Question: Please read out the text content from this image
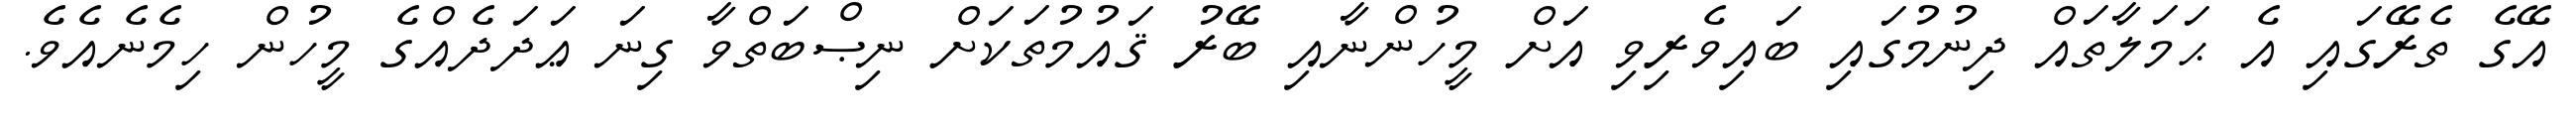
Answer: އޭގެ ތެރޭގައި އެ ޙަމަލާތައް ދިނުމުގައި ބައިވެރިވި އަށް މީހުންނާއި ބޭރު ޤައުމުތަކަށް ނިޞްބަތްވާ ގިނަ ޢަދަދެއްގެ މީހުން ހިމެނެއެވެ.